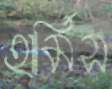
হার্মিস